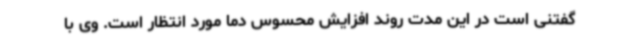
گفتنی است در این مدت روند افزایش محسوس دما مورد انتظار است. وی با